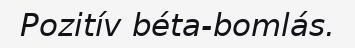
Pozitív béta-bomlás.